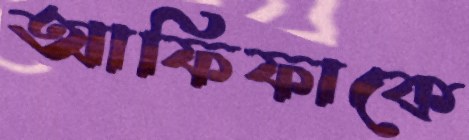
আফিফাকে